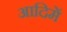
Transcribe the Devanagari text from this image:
आदिमें